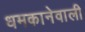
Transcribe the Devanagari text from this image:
धमकानेवाली